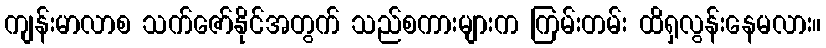
ကျန်းမာလာစ သက်ဇော်နိုင်အတွက် သည်စကားများက ကြမ်းတမ်း ထိရှလွန်းနေမလား။